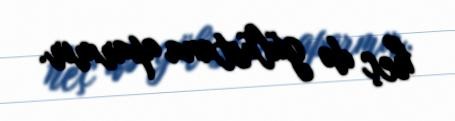
heç də gülüstana aparmır.